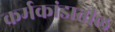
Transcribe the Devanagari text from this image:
कर्मकांडातील